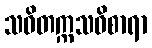
သဝိတက္ကသဝိစာရာ